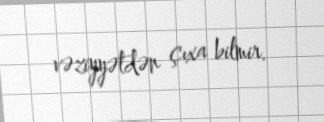
vəziyyətdən çıxa bilmir.